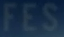
FES